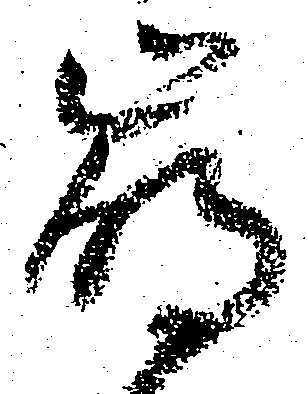
崩